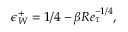
\epsilon _ { W } ^ { + } = 1 / 4 - \beta R e _ { \tau } ^ { - 1 / 4 } ,